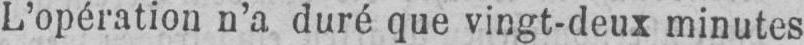
L’opération n’a duré que vingt-deux minutes